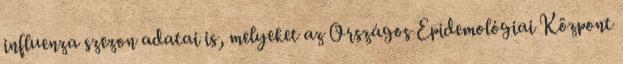
influenza szezon adatai is, melyeket az Országos Epidemológiai Központ